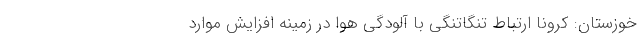
خوزستان: کرونا ارتباط تنگاتنگی با آلودگی هوا در زمینه افزایش موارد